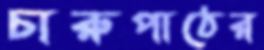
চারুপাঠের